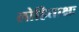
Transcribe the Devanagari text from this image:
लोहिताक्षः